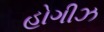
હોગીઝ